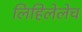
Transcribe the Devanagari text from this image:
लिहिलेलेच